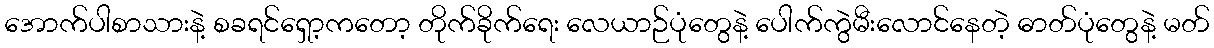
အောက်ပါစာသားနဲ့ စခရင်ရှော့ကတော့ တိုက်ခိုက်ရေး လေယာဉ်ပုံတွေနဲ့ ပေါက်ကွဲမီးလောင်နေတဲ့ ဓာတ်ပုံတွေနဲ့ မတ်